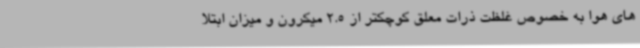
های هوا به خصوص غلظت ذرات معلق کوچکتر از 2.5 میکرون و میزان ابتلا